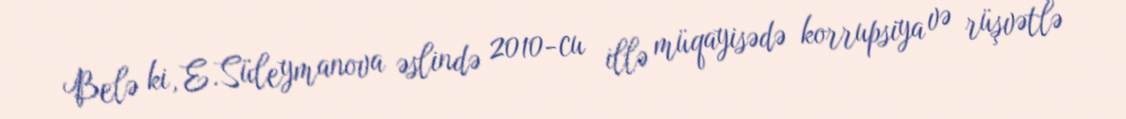
Belə ki, E.Süleymanova əslində 2010-cu illə müqayisədə korrupsiya və rüşvətlə